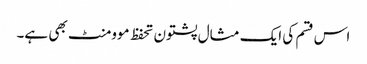
اس قسم کی ایک مثال پشتون تحفظ موومنٹ بھی ہے۔